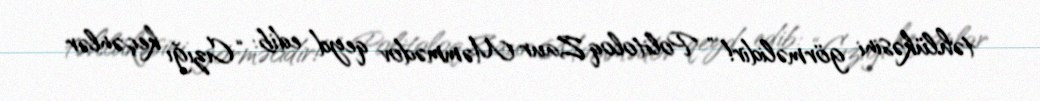
təhlükəsini görməlidir!” Politoloq Zaur Məmmədov qeyd edib: “Cızığı keçənlər